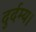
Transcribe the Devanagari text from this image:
दुर्दम्य।